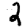
Digit: 2